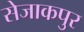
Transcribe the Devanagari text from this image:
सेजाकपुर